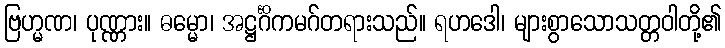
ဗြဟ္မဏ၊ ပုဏ္ဏား။ ဓမ္မော၊ အဋ္ဌင်္ဂိကမဂ်တရားသည်။ ရဟဒေါ၊ များစွာသောသတ္တဝါတို့၏